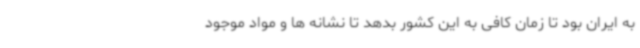
به ایران بود تا زمان کافی به این کشور بدهد تا نشانه ها و مواد موجود